Tezpur Lunatic Asylum reports 1877-1894 - 1877-1894
Year: 1877
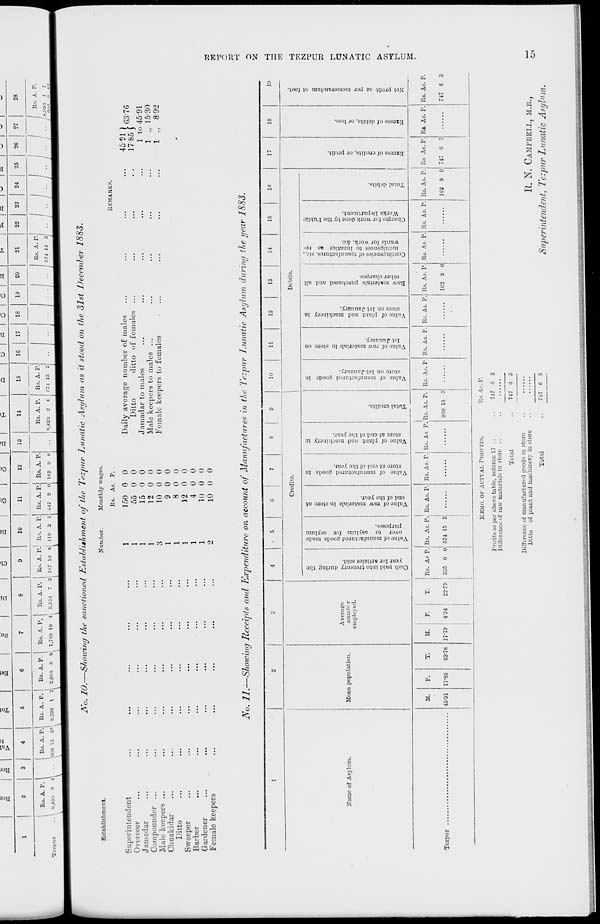
o
O
CCS
c =
o re
c c
•£5
E 2
« 5
ef
t 3
re E.
ff2
c «
2.
ea
BiS.
re a
re S
3 P
^ K
a
8S o
B« o
P JT
?► ss
re o-
-i —
iTo
ri
M.o
!►
F
3 S-S Be a
B
I -,
a
tt
■9 tej
*i
O
H >
hi
rrt
» W
I- 1
o
h
tu ta
h-1
^ w
o
o
>
a
a
a
a
IT
>
a
a
t>
ft)
>
hJ
a
t>
a
a
a
a
a
a
a
|»
a
I
s
i
o
a
re
P t>
1
o
J5
o
Cash paid into treasury during the
vear for articles sold.
Value of manufactured poods made
over to asylum for asylum
purposes.
Value of raw materials in store at
end of the year.
Value of manufactured goods in
store at end of the year.
Value of plant and machinery in
store at end of the year.
Total credits.
Value of manufactured goods in
store on 1st January.
Value of raw materials in store on
1st January.
Value of plant and machinery in
store on 1st January.
Raw materials purchased aud all
other charges.
Contingencies of manufactures, viz.,
indulgences to lunatics as re-
wards for work, &c.
Charges for work done by the Fublic
Works Department.
Total debits.
Excess of credits, or prolit.
Excess of debits, or loss.
to
B re
C
P
©
6o
f
s
a-
"5
a
ft O
8
a'
£
• 1
a
a i
Kt
Oo
GO
Oo
re p p 55
ET^gg
o?
f*. re re »r^
G \ «"►§ p i re
t/. —.
re S'
M
p
re 3 n re
© JT re 3 ~-
re s
IX
re
>-i
FT 1
* re
g
re
►it Q,
D
a*
re
re re
CJ
§
►o
3 "■
re
o
re
B
&
.-1
fiHMH'H-'CC^HMl-'
H-i-i
>->
—' <-* >— ZJt ^n
OCit'KlOCHOOMO'CiO
crccoooooooo
oocoooooooo
H^ •-^ :-
G
re
a* P
aily ave
Ditto
re re nr
~ re
(D
re
re
re
a:
c
-t
P
crq
re
p
re
c
Hi P
S 5-
U re
C £
g on
j:
Hi ©
re
Hh
ts.
males
females
P
o do co -j
91
Net profit as per memorandum at foot.
•wniisv OLLVN/ri an.izai aux NU xaoaaa
05
a
&5
s
a o ^
$
<<
^
P
Cfe -1
>TJ 05
*>»
Q
^
^
a
o
o
a.
OO
Oo
Oo
a
S a
Ci
>
w ►X)
-1-
"«
c*
a
p»
" f0
JM_
"e a
a
c
M
p»
a
*_
e:
a
r*
-' M
l>
s a
15 t>
O a
o
a
* t>
a
>o a
». a
si >>
a
2 G 1
_« a
|i£ a
a
oo
Cli
o
Bo
c Cc
to
Cc
s R<
aa
c:
«
B
CO
C(
CO
C(
o
B